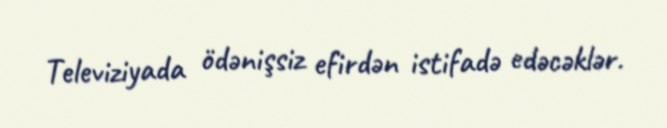
Televiziyada ödənişsiz efirdən istifadə edəcəklər.